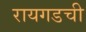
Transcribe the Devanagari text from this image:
रायगडची